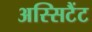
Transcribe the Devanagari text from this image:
अस्सिटैंट